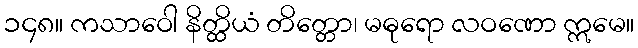
၁၄၈။ ကသာဝေါ နိတ္ထိယံ တိတ္တော၊ မဓုရော လဝဏော ဣမေ။